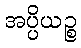
အပ္ပိယဉ္စ